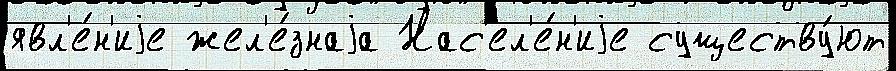
явл'е́н'иjе жел'е́знаjа Нас'ел'е́н'иjе существу́ют